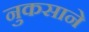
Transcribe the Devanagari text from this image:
नुकसाने